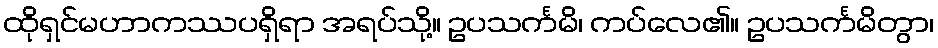
ထိုရှင်မဟာကဿပရှိရာ အရပ်သို့။ ဥပသင်္ကမိ၊ ကပ်လေ၏။ ဥပသင်္ကမိတွာ၊